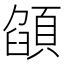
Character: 𩓟